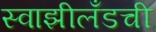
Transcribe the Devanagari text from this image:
स्वाझीलँडची